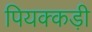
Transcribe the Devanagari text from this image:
पियक्कड़ी